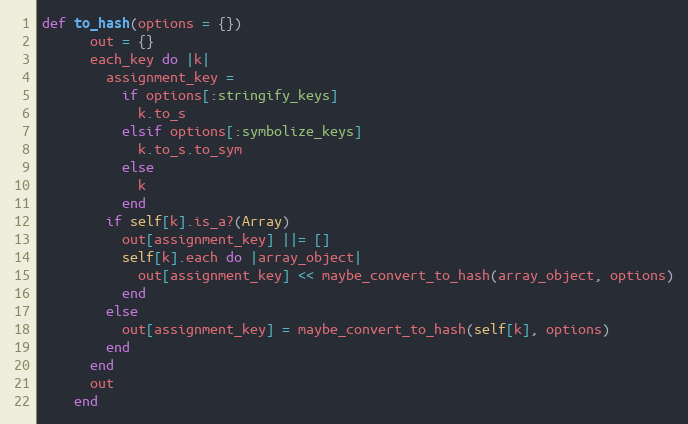
Language: Ruby
def to_hash(options = {})
      out = {}
      each_key do |k|
        assignment_key =
          if options[:stringify_keys]
            k.to_s
          elsif options[:symbolize_keys]
            k.to_s.to_sym
          else
            k
          end
        if self[k].is_a?(Array)
          out[assignment_key] ||= []
          self[k].each do |array_object|
            out[assignment_key] << maybe_convert_to_hash(array_object, options)
          end
        else
          out[assignment_key] = maybe_convert_to_hash(self[k], options)
        end
      end
      out
    end